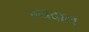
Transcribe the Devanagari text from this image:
म्यदाल